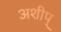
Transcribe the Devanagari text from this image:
अशीप्